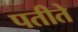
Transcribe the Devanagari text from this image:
पतीते